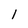
Character: 1